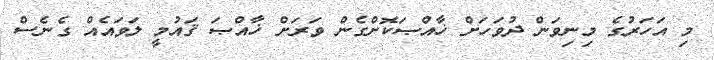
މި އަހަރުގެ މިނިވަން ދުވަހަށް ޚާއްޞަކޮށްގެން ވަރަށް ޚާއްޞަ ޤައުމީ ލަވައެއް ގެނެސް